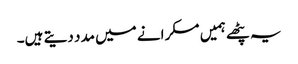
یہ پٹھے ہمیں مسکرانے میں مدد دیتے ہیں۔